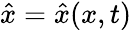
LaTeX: \hat{x}=\hat{x}(x,t)